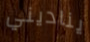
يناديني